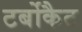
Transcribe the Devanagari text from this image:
टर्बोकैट